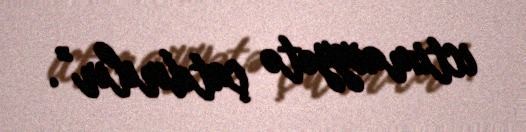
ictimaiyyətə çatdırılır”.